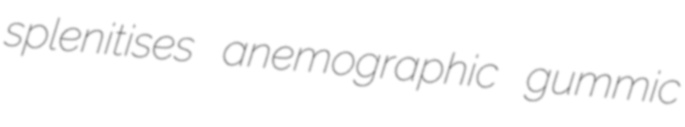
splenitises anemographic gummic